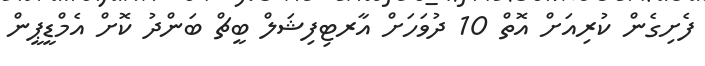
ފެށިގެން ކުރިއަށް އޮތް 10 ދުވަހަށް އާރޓިފިޝަލް ބީޗް ބަންދު ކޮށް އެމްޑީޕީން